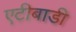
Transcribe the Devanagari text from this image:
एटीबाडी